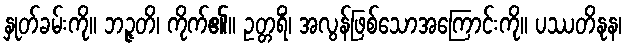
နှုတ်ခမ်းကို။ ဘဉ္ဇတိ၊ ကိုက်၏။ ဥတ္တရိံ၊ အလွန်ဖြစ်သောအကြောင်းကို။ ပဿတိနုန၊